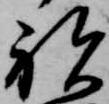
祝